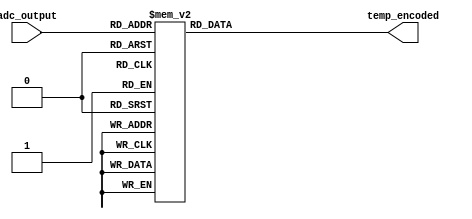
module thermal_encoder (
    input [3:0] adc_output,  // 4-bit ADC output
    output reg [3:0] temp_encoded  // 4-bit binary encoded temperature output
);

// Combinational Logic for Thermal Encoding
always @(*) begin
    case (adc_output)
        4'b0000: temp_encoded = 4'b0000; // 0C (0V - 0.25V)
        4'b0001: temp_encoded = 4'b0001; // 1C (0.26V - 0.50V)
        4'b0010: temp_encoded = 4'b0010; // 2C (0.51V - 0.75V)
        4'b0011: temp_encoded = 4'b0011; // 3C (0.76V - 1.00V)
        4'b0100: temp_encoded = 4'b0100; // 4C (1.01V - 1.25V)
        4'b0101: temp_encoded = 4'b0101; // 5C (1.26V - 1.50V)
        4'b0110: temp_encoded = 4'b0110; // 6C (1.51V - 1.75V)
        4'b0111: temp_encoded = 4'b0111; // 7C (1.76V - 2.00V)
        4'b1000: temp_encoded = 4'b1000; // 8C (2.01V - 2.25V)
        4'b1001: temp_encoded = 4'b1001; // 9C (2.26V - 2.50V)
        4'b1010: temp_encoded = 4'b1010; // 10C (2.51V - 2.75V)
        4'b1011: temp_encoded = 4'b1011; // 11C (2.76V - 3.00V)
        4'b1100: temp_encoded = 4'b1100; // 12C (3.01V - 3.25V)
        4'b1101: temp_encoded = 4'b1101; // 13C (3.26V - 3.50V)
        4'b1110: temp_encoded = 4'b1110; // 14C (3.51V - 3.75V)
        4'b1111: temp_encoded = 4'b1111; // 15C (3.76V - 4.00V)
        default: temp_encoded = 4'b0000; // Default case (0C)
    endcase
end

endmodule